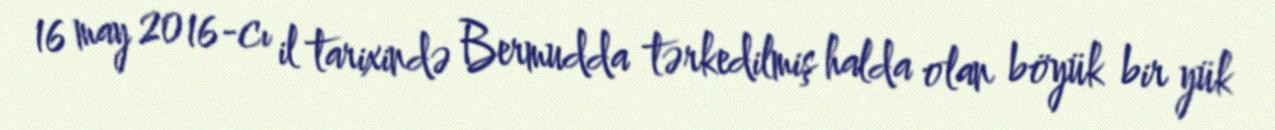
16 may 2016-cı il tarixində Bermudda tərkedilmiş halda olan böyük bir yük